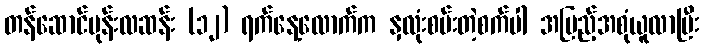
တန်ဆောင်မုန်းလဆန်း (၁၂) ရက်နေ့လောက်က နှလုံးစမ်းတဲ့စက်ပါ အပြည့်အစုံယူလာပြီး